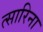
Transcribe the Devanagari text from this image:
त्सारिना